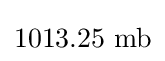
1013.25~\mathrm {mb}